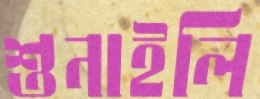
শুনাইলি